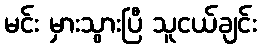
မင်း မှားသွားပြီ သူငယ်ချင်း